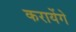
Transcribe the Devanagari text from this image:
करायेंगे